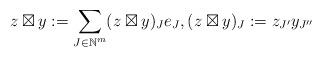
LaTeX: \begin{align*}z\boxtimes y:=\sum_{J\in{\Bbb N}^{m}}(z\boxtimes y)_J e_{J},(z\boxtimes y)_J:=z_{J'}y_{J''}\end{align*}